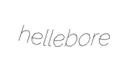
hellebore